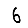
Digit: 6